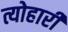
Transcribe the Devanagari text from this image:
त्योहारी